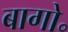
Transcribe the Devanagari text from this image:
बागो॰